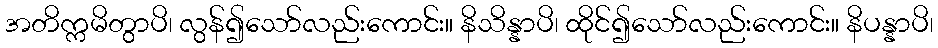
အတိက္ကမိတွာပိ၊ လွန်၍သော်လည်းကောင်း။ နိသိန္နာပိ၊ ထိုင်၍သော်လည်းကောင်း။ နိပန္နာပိ၊